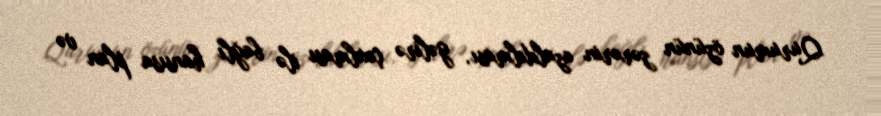
Qurumun özünün zərərin azaldılması, gəlirə çıxılması ilə bağlı hansısa plan və